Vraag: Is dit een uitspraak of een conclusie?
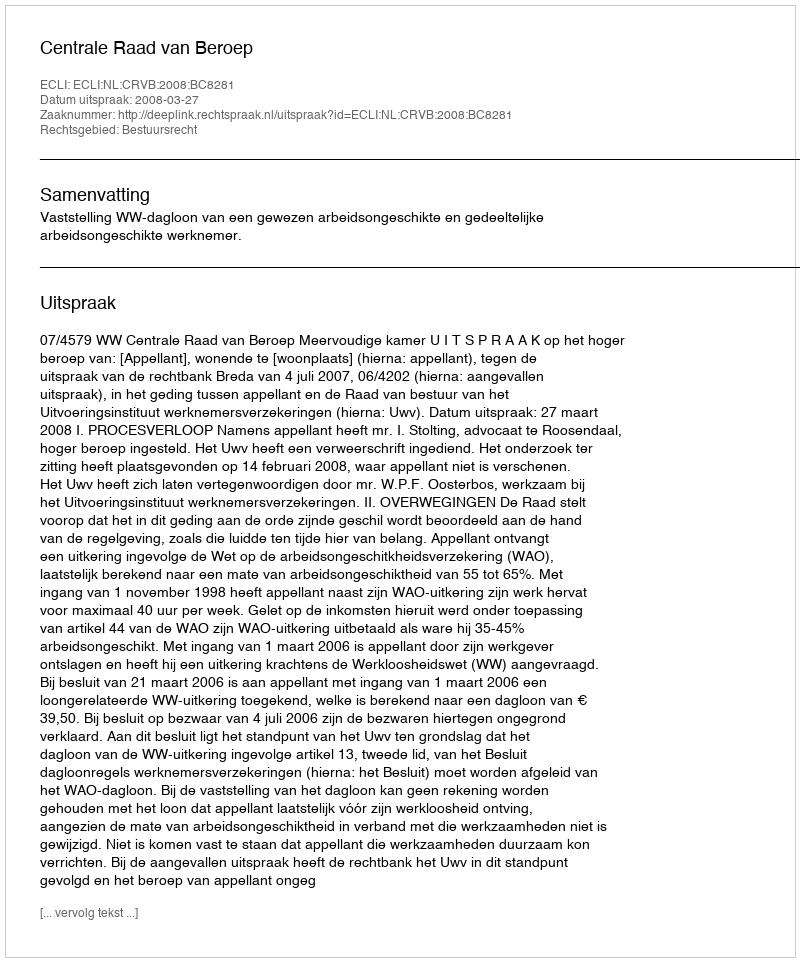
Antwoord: Uitspraak